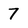
Character: 7